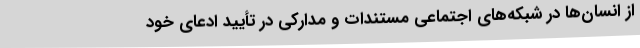
از انسان‌ها در شبکه‌های اجتماعی مستندات و مدارکی در تأیید ادعای خود